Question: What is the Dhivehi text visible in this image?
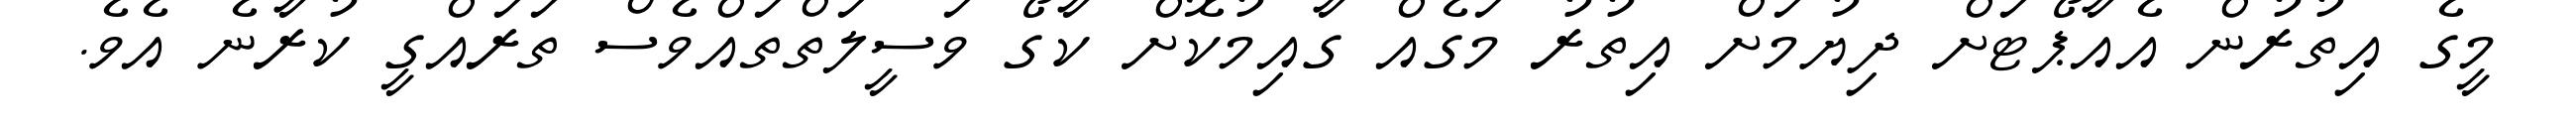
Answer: މީގެ އިތުރުން އެއާޕޯޓަށް ދިޔުމަށް އިތުރު މަގެއް ގާއިމުކޮށް ކާގޯ ވަސީލަތްތައްވެސް ތަރައްގީ ކުރާނެ އެވެ.